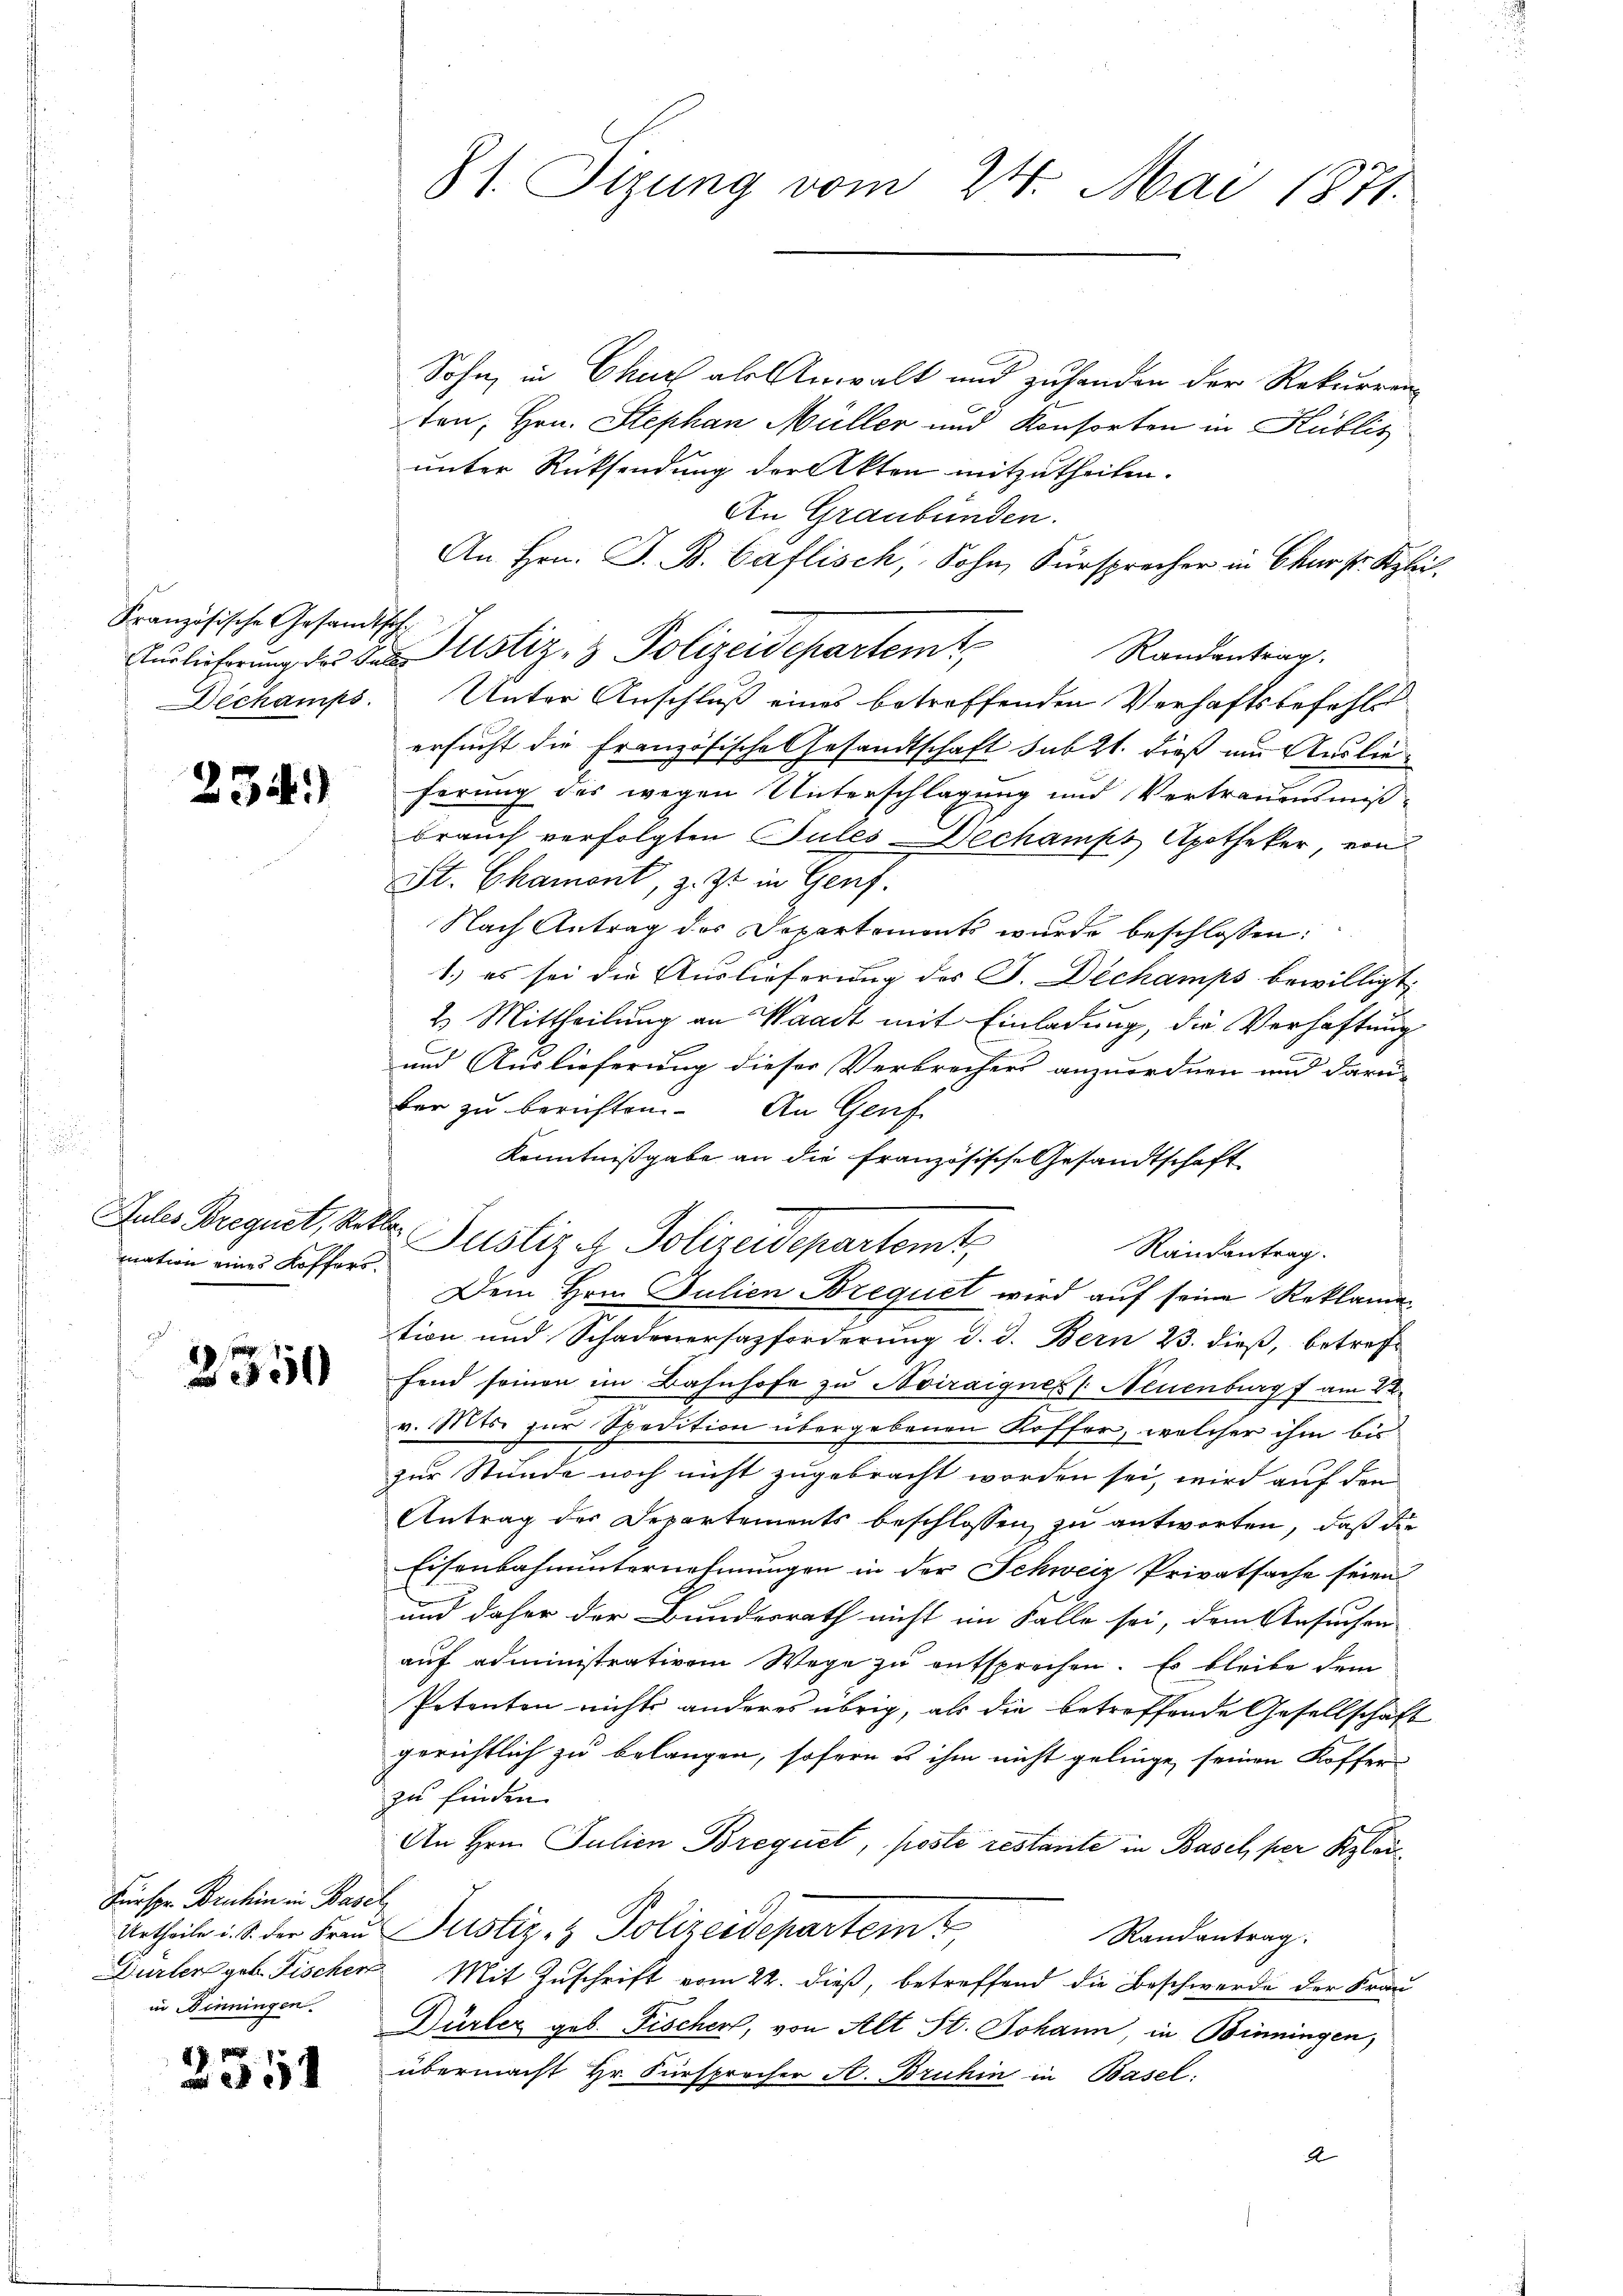
Französische Gesandtsch

234)

mation eines Koffers.

2350

Fürspr. Bruhin in Base
Urtheile i. S. der Frau
Dürler geb. Fischer
in Winningen.

2551

81. Itzung vom 24. Mai 1871.

Sohn, in Chur als Anwalt und zuhanden der Rekurren
ten, Hrn. Stephan Müller und Konsorten in Hublis
unter Rücksendung der Akten mitzutheilen.
An Graubünden.
An Hrn. J. B. Caflisch, Sohn, Fürsprecher in Chur pr. Kleierlieferung des der Justiz- & Polizeidepartemt,
Randantrag.
Dechamps. Unter Anschluß eines betreffenden Verhaftsbefehls
ersucht die Französische Gesandtschaft sub 21. dieß um Auslie
ferung des wegen Unterschlagung und Vertrauensmiß-
brauch verfolgten Tules echamps Apotheker, von
St. Chamont, z. Zt. in Genf.
Nach Antrag des Departements wurde beschlossen:
1.) es sei die Auslieferung des J. Dechamps bewilligt.
2 Mittheilung an Waadt mit Einladung, die Verhaftung
und Auslieferung dieser Verbrechers anzuordnen und darü-
ber zu berichten. An Genf
Kenntnißgabe an die französische Gesandtschaft
Randantrag.
Dem Hrn. Julien Brequet wird auf seine Reklamen
tion und Schadenersazforderung d. d. Bern 23. dieß, betref-
fend seinen im Bahnhofe zu Noiraignes (Neuenburg am 22.
v. Mts. zur Spedition übergebenen Koffer, welcher ihm bis
zur Stunde noch nicht zugebracht worden sei, wird auf den
Antrag des Departements beschlossen, zu antworten, daß die
Eisenbahnunternehmungen in der Schweiz Privatsache seien
und daher der Bundesrath nicht im Falle sei, dem Ansuchen
auf administrativem Wege zu entsprechen. Es bleibe dem
Petenten nichts anderes übrig, als die betreffende Gesellschaft
gerichtlich zu belangen, sofern es ihm nicht gelinge, seinen Koffer
zu finden.
An Hrn. Julien Brequet, poste restante in Basel, per Kleich
Justiz- & Polizeidepartemt
Randantrag:
 Mit Zuschrift vom 22. dieß, betreffend die Beschwerde der Frau
Dürler geb. Fischen, von Alt St. Johann, in Binningen,
übermacht Hr. Fürsprecher A. Bruhin in Basel.
A

Jahes Bregnet, Sitte Justiz & Polizeidepartemt